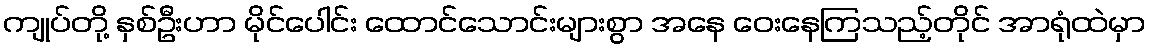
ကျုပ်တို့ နှစ်ဦးဟာ မိုင်ပေါင်း ထောင်သောင်းများစွာ အနေ ဝေးနေကြသည့်တိုင် အာရုံထဲမှာ